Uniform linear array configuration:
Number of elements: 8
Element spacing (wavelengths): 0.75
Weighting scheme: kaiser
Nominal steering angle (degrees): -60
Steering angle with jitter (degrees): -61.805
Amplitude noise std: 0.05
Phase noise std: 0.05

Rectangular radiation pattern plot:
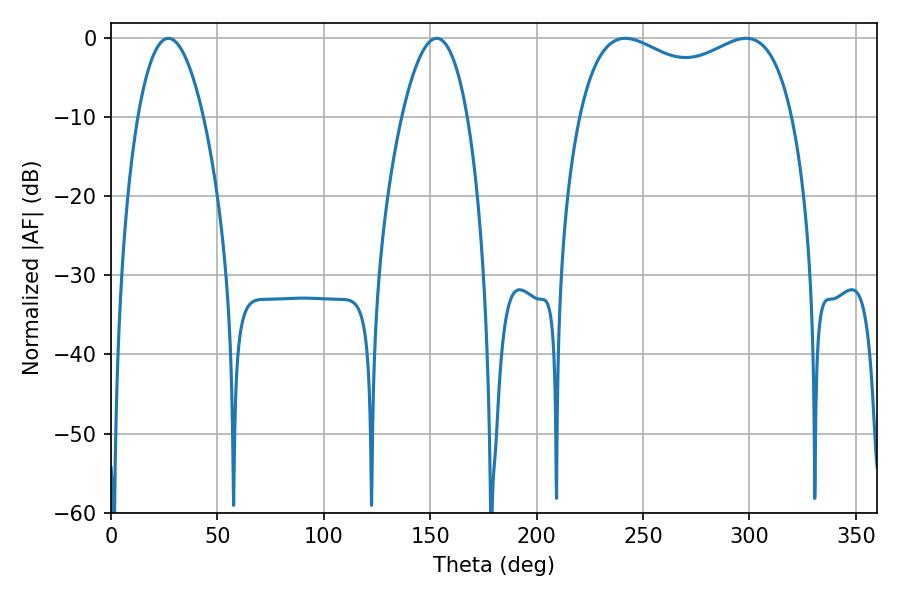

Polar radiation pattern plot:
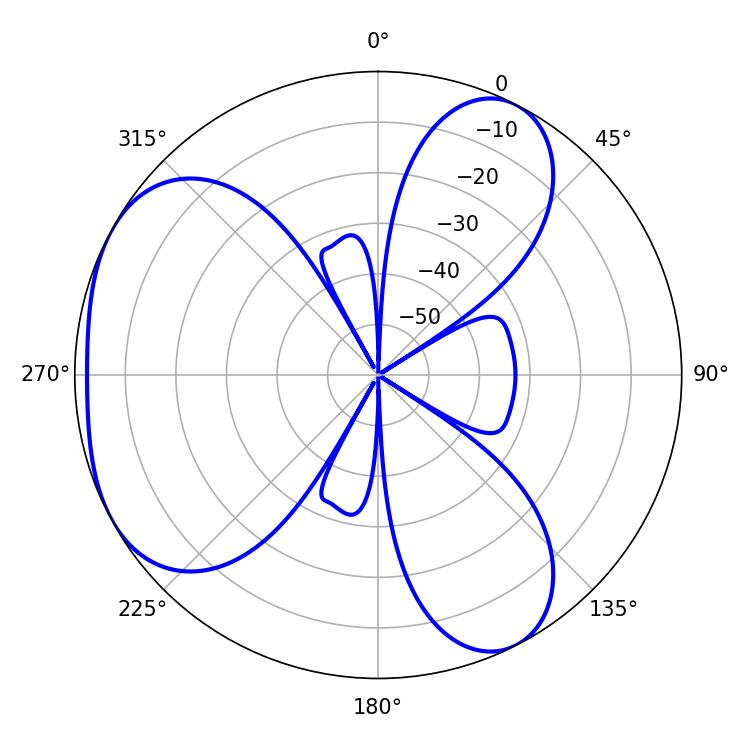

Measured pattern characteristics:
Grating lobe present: TRUE
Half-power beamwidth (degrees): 17.1
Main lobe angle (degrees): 27